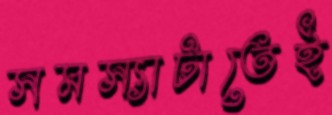
সমস্যাটাতেই